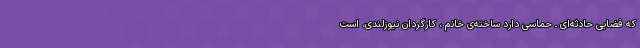
که فضایی حادثه‌ای ـ حماسی دارد ساخته‌ی خانم ، کارگردان نیوزلندی، است